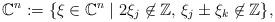
LaTeX: \begin{align*} \mathbb{C}_{}^n:=\{ \xi\in\mathbb{C}^n\mid 2\xi_j\not\in\mathbb{Z}, \,\xi_j\pm\xi_k \not\in\mathbb{Z} \} , \end{align*}